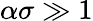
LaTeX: \alpha\sigma\gg 1